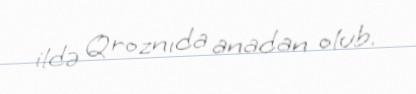
ildə Qroznıda anadan olub.